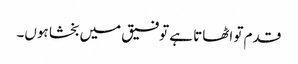
قدم تو اٹھاتا ہے توفیق میں بخشا ہوں۔